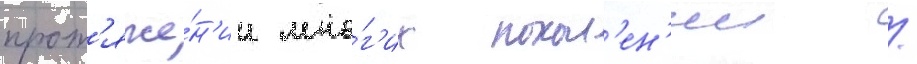
прот'яже́н'ии мно́г'их покол'ен'ии /